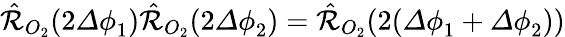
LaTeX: \hat{\mathcal{R}}_{O_{2}}(2{\mathit\Delta\phi}_{1})\hat{\mathcal{R}}_{O_{2}}(2{\mathit\Delta\phi}_{2})=\hat{\mathcal{R}}_{O_{2}}(2({\mathit\Delta\phi}_{1}+{\mathit\Delta\phi}_{2}))